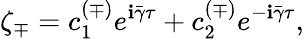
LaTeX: \zeta_{\mp}=c_{1}^{(\mp)}e^{\mathbf{i}\bar{{\gamma}}\tau}+c_{2}^{(\mp)}e^{-\mathbf{i}\bar{{\gamma}}\tau},